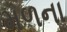
મળના